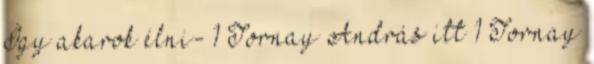
Így akarok élni- 1 Tornay András itt 1 Tornay